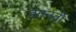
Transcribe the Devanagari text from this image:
झानवी